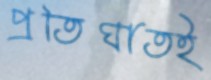
প্রতিঘাতই